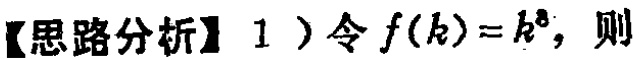
【思路分析】1）令\(f(k)=k^{8}\)，则